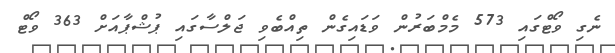
ނެގި ވޯޓްގައި 573 މެމްބަރުން ވަޑައިގެން ތިއްބެވި ޖަލްސާގައި ޕުޝްޕާއަށް 363 ވޯޓް